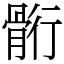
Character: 䯒